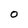
Character: 0